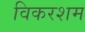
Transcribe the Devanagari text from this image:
विकरशम